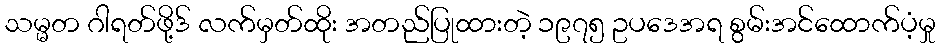
သမ္မတ ဂါရတ်ဖို့ဒ် လက်မှတ်ထိုး အတည်ပြုထားတဲ့ ၁၉၇၅ ဥပဒေအရ စွမ်းအင်ထောက်ပံ့မှု